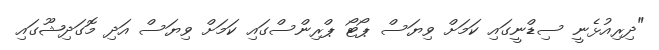
"ދިރިއުޅެނީ ސިޑްނީގައި ކަމަށް ވިޔަސް ޕޯޓޯ ޕްރިންސްގައި ކަމަށް ވިޔަސް އަދި މޮގަދިޝޫގައި